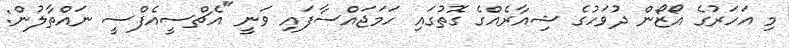
މި އަހަރުގެ އޯޒޯން ދުވަހުގެ ޝިއާރެއްގެ ގޮތުގައި ހަމަޖައްސާފައި ވަނީ "އެޗްސީއެފްސީ ނައްތާލުން: